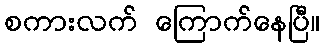
စကားလက် ကြောက်နေပြီ။